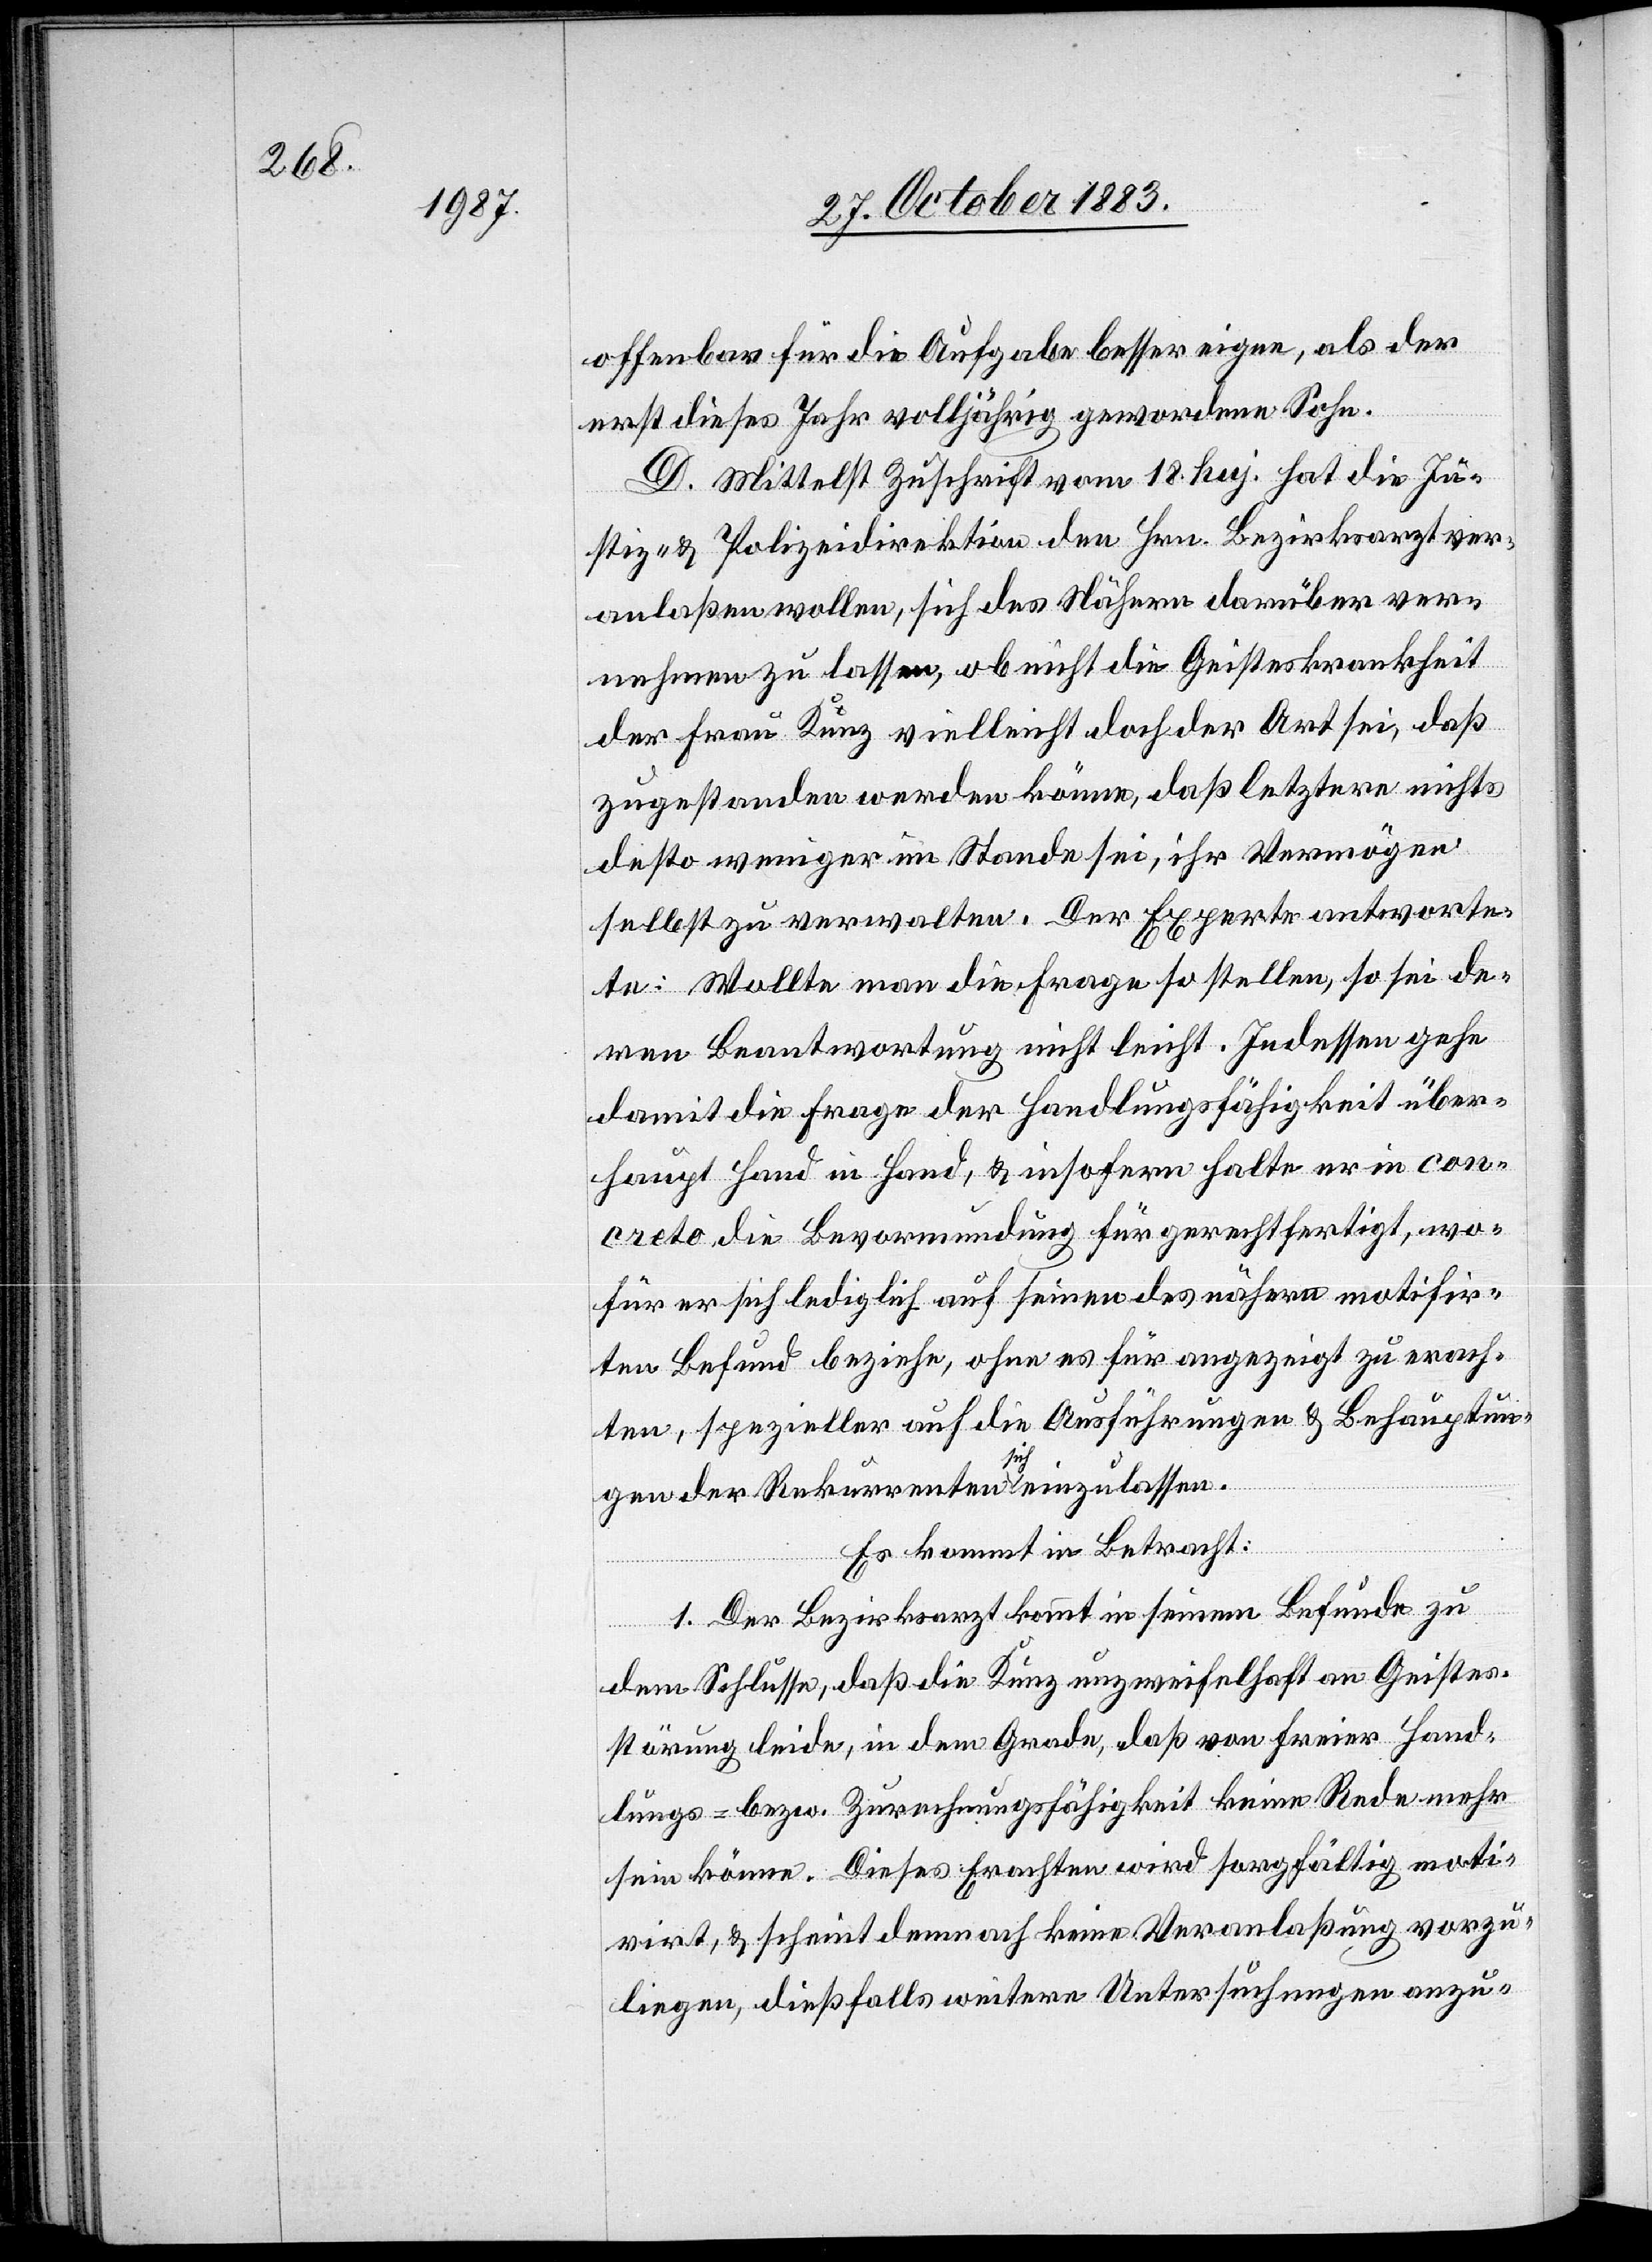
offenbar für die Aufgabe besser eigne, als der
erst dieses Jahr volljährig gewordene Sohn.
D. Mittelst Zuschrift vom 18. huj. hat die Ju¬
stiz- & Polizeidirektion den Hrn. Bezirksarzt ver¬
anlaßen wollen, sich des Nähern darüber ver¬
nehmen zu lassen, ob nicht die Geisteskrankheit
der Frau Kunz vielleicht doch der Art sei, daß
zugestanden werden könne, daß letztere nichts
desto weniger im Stande sei, ihr Vermögen
selbst zu verwalten. Der Experte antworte¬
te: Wollte man die Frage so stellen, so sei de¬
ren Beantwortung nicht leicht. Indessen gehe
damit die Frage der Handlungsfähigkeit über¬
haupt Hand in Hand, & insofern halte er in con¬
creto die Bevormundung für gerechtfertigt, wo¬
für er sich lediglich auf seinen des nähern motifir¬
Befund beziehe, ohne es für angezeigt zu erach¬
ten, spezieller auf die Ausführungen & Behauptun¬
gen der Rekurrenten sich einzulassen.
ten
Es kommt in Betracht:
1. Der Bezirksarzt kommt in seinem Befunde zu
dem Schlusse, daß die Kunz unzweifelhaft an Geistes¬
störung leide, in dem Grade, daß von freier Hand¬
lungs- bezw. Zurechnungsfähigkeit keine Rede mehr
sein könne. Dieses Erachten wird sorgfältig moti¬
virt, & scheint demnach keine Veranlaßung vorzu¬
liegen, dießfalls weitere Untersuchungen anzu-